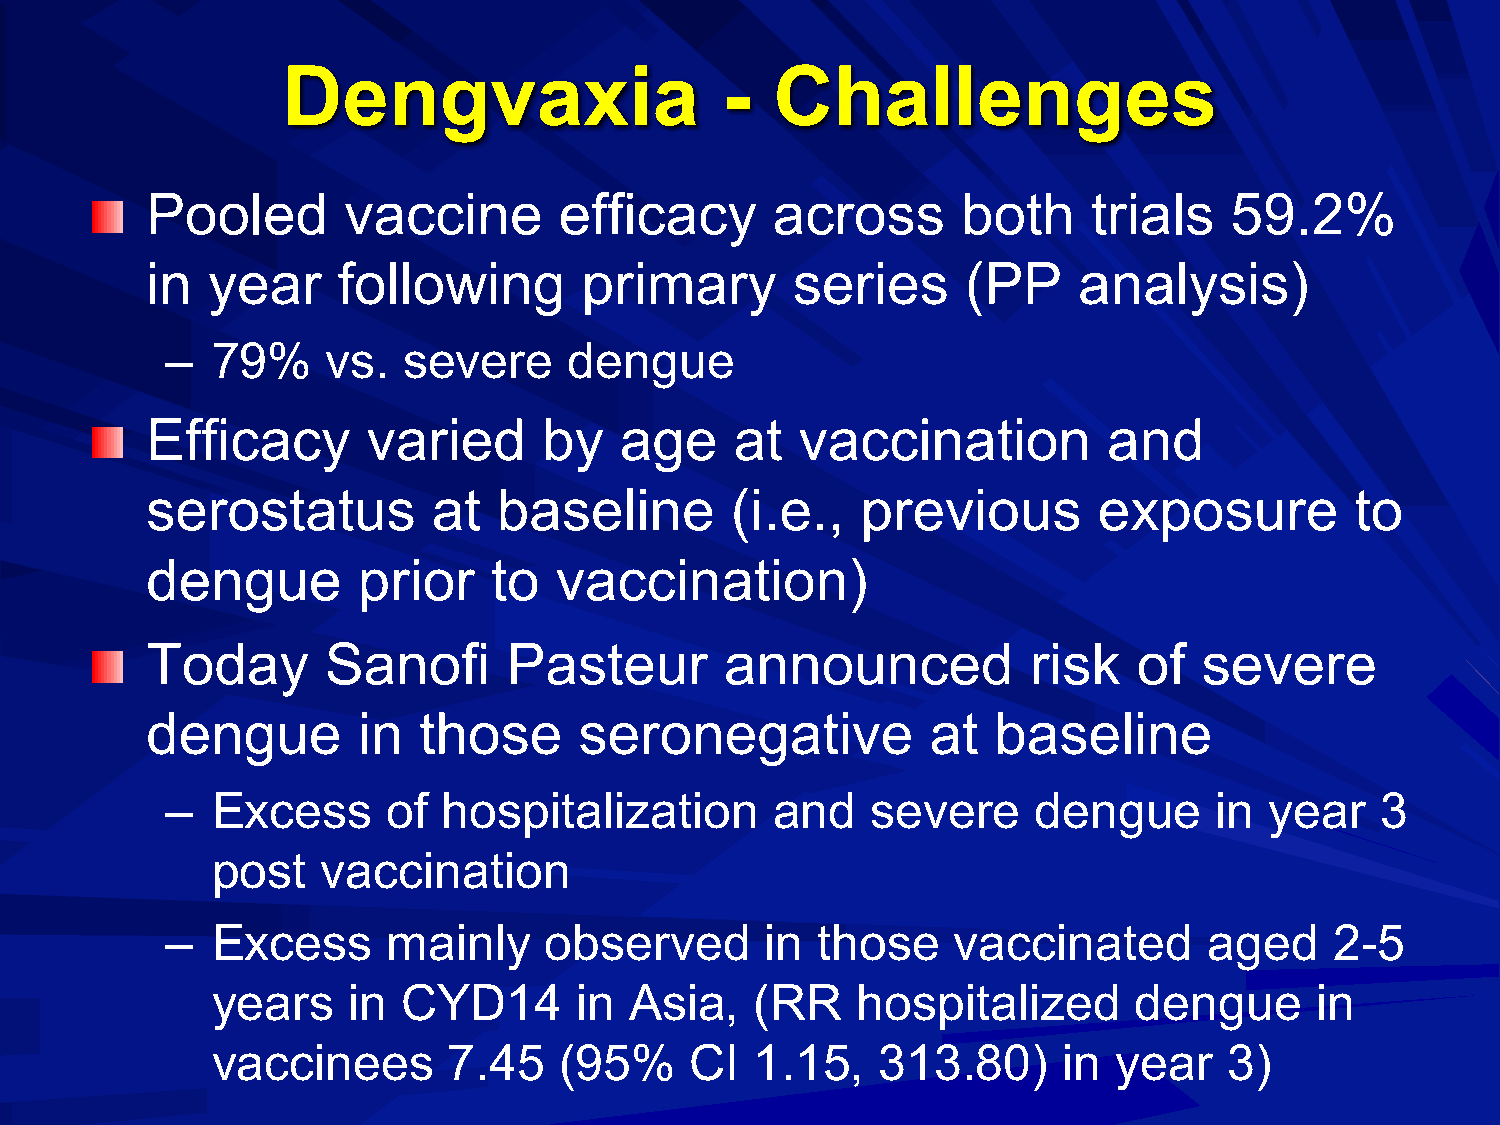
Dengvaxia                    -  Challenges
 Pooled       vaccine       efficacy      across       both    trials   59.2%
 in  year    following        primary      series      (PP    analysis)
 –  79%     vs.  severe     dengue
 Efficacy      varied      by   age     at  vaccination         and
 serostatus         at  baseline       (i.e.,   previous        exposure         to
 dengue        prior    to  vaccination)
 Today       Sanofi      Pasteur       announced           risk   of   severe
 dengue        in  those     seronegative            at  baseline
 –  Excess      of hospitalization       and    severe     dengue      in year   3
 post   vaccination
 –  Excess      mainly    observed       in those    vaccinated       aged    2-5
 years    in  CYD14      in  Asia,   (RR    hospitalized      dengue      in
 vaccinees       7.45   (95%     CI  1.15,   313.80)     in  year   3)